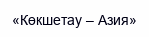
«Көкшетау – Азия»